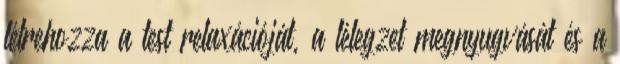
létrehozza a test relaxációját, a lélegzet megnyugvását és a